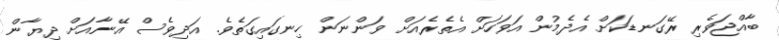
ބާއްޖަވެރި ރޭގަނޑަކަށް އެދެމުން އަވަހަށް އެތެރެއަށް ވަންނަން ހިނގައިގަތެވެ. އަދިވެސް އޭނާއަށް ދިޔާން